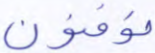
توقنون